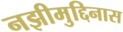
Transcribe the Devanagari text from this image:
नझीमुद्दिनास